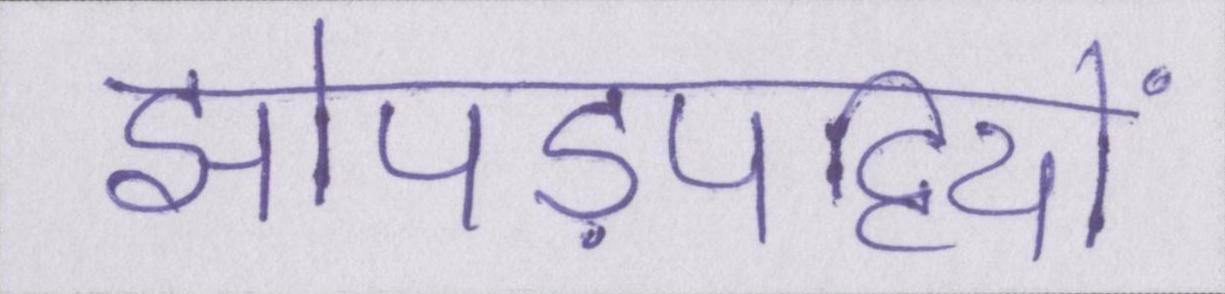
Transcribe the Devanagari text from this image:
झोपड़पट्टियों